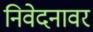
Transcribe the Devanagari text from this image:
निवेदनावर